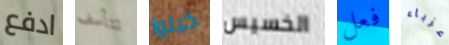
ادفع تتأسف كيلوا الخسيس فعل عزباء